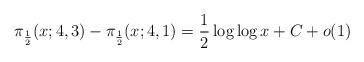
LaTeX: \begin{align*}\pi_{\frac{1}{2}}(x; 4, 3)-\pi_{\frac{1}{2}}(x; 4, 1) = \frac{1}{2} \log \log x+C+o(1)\end{align*}